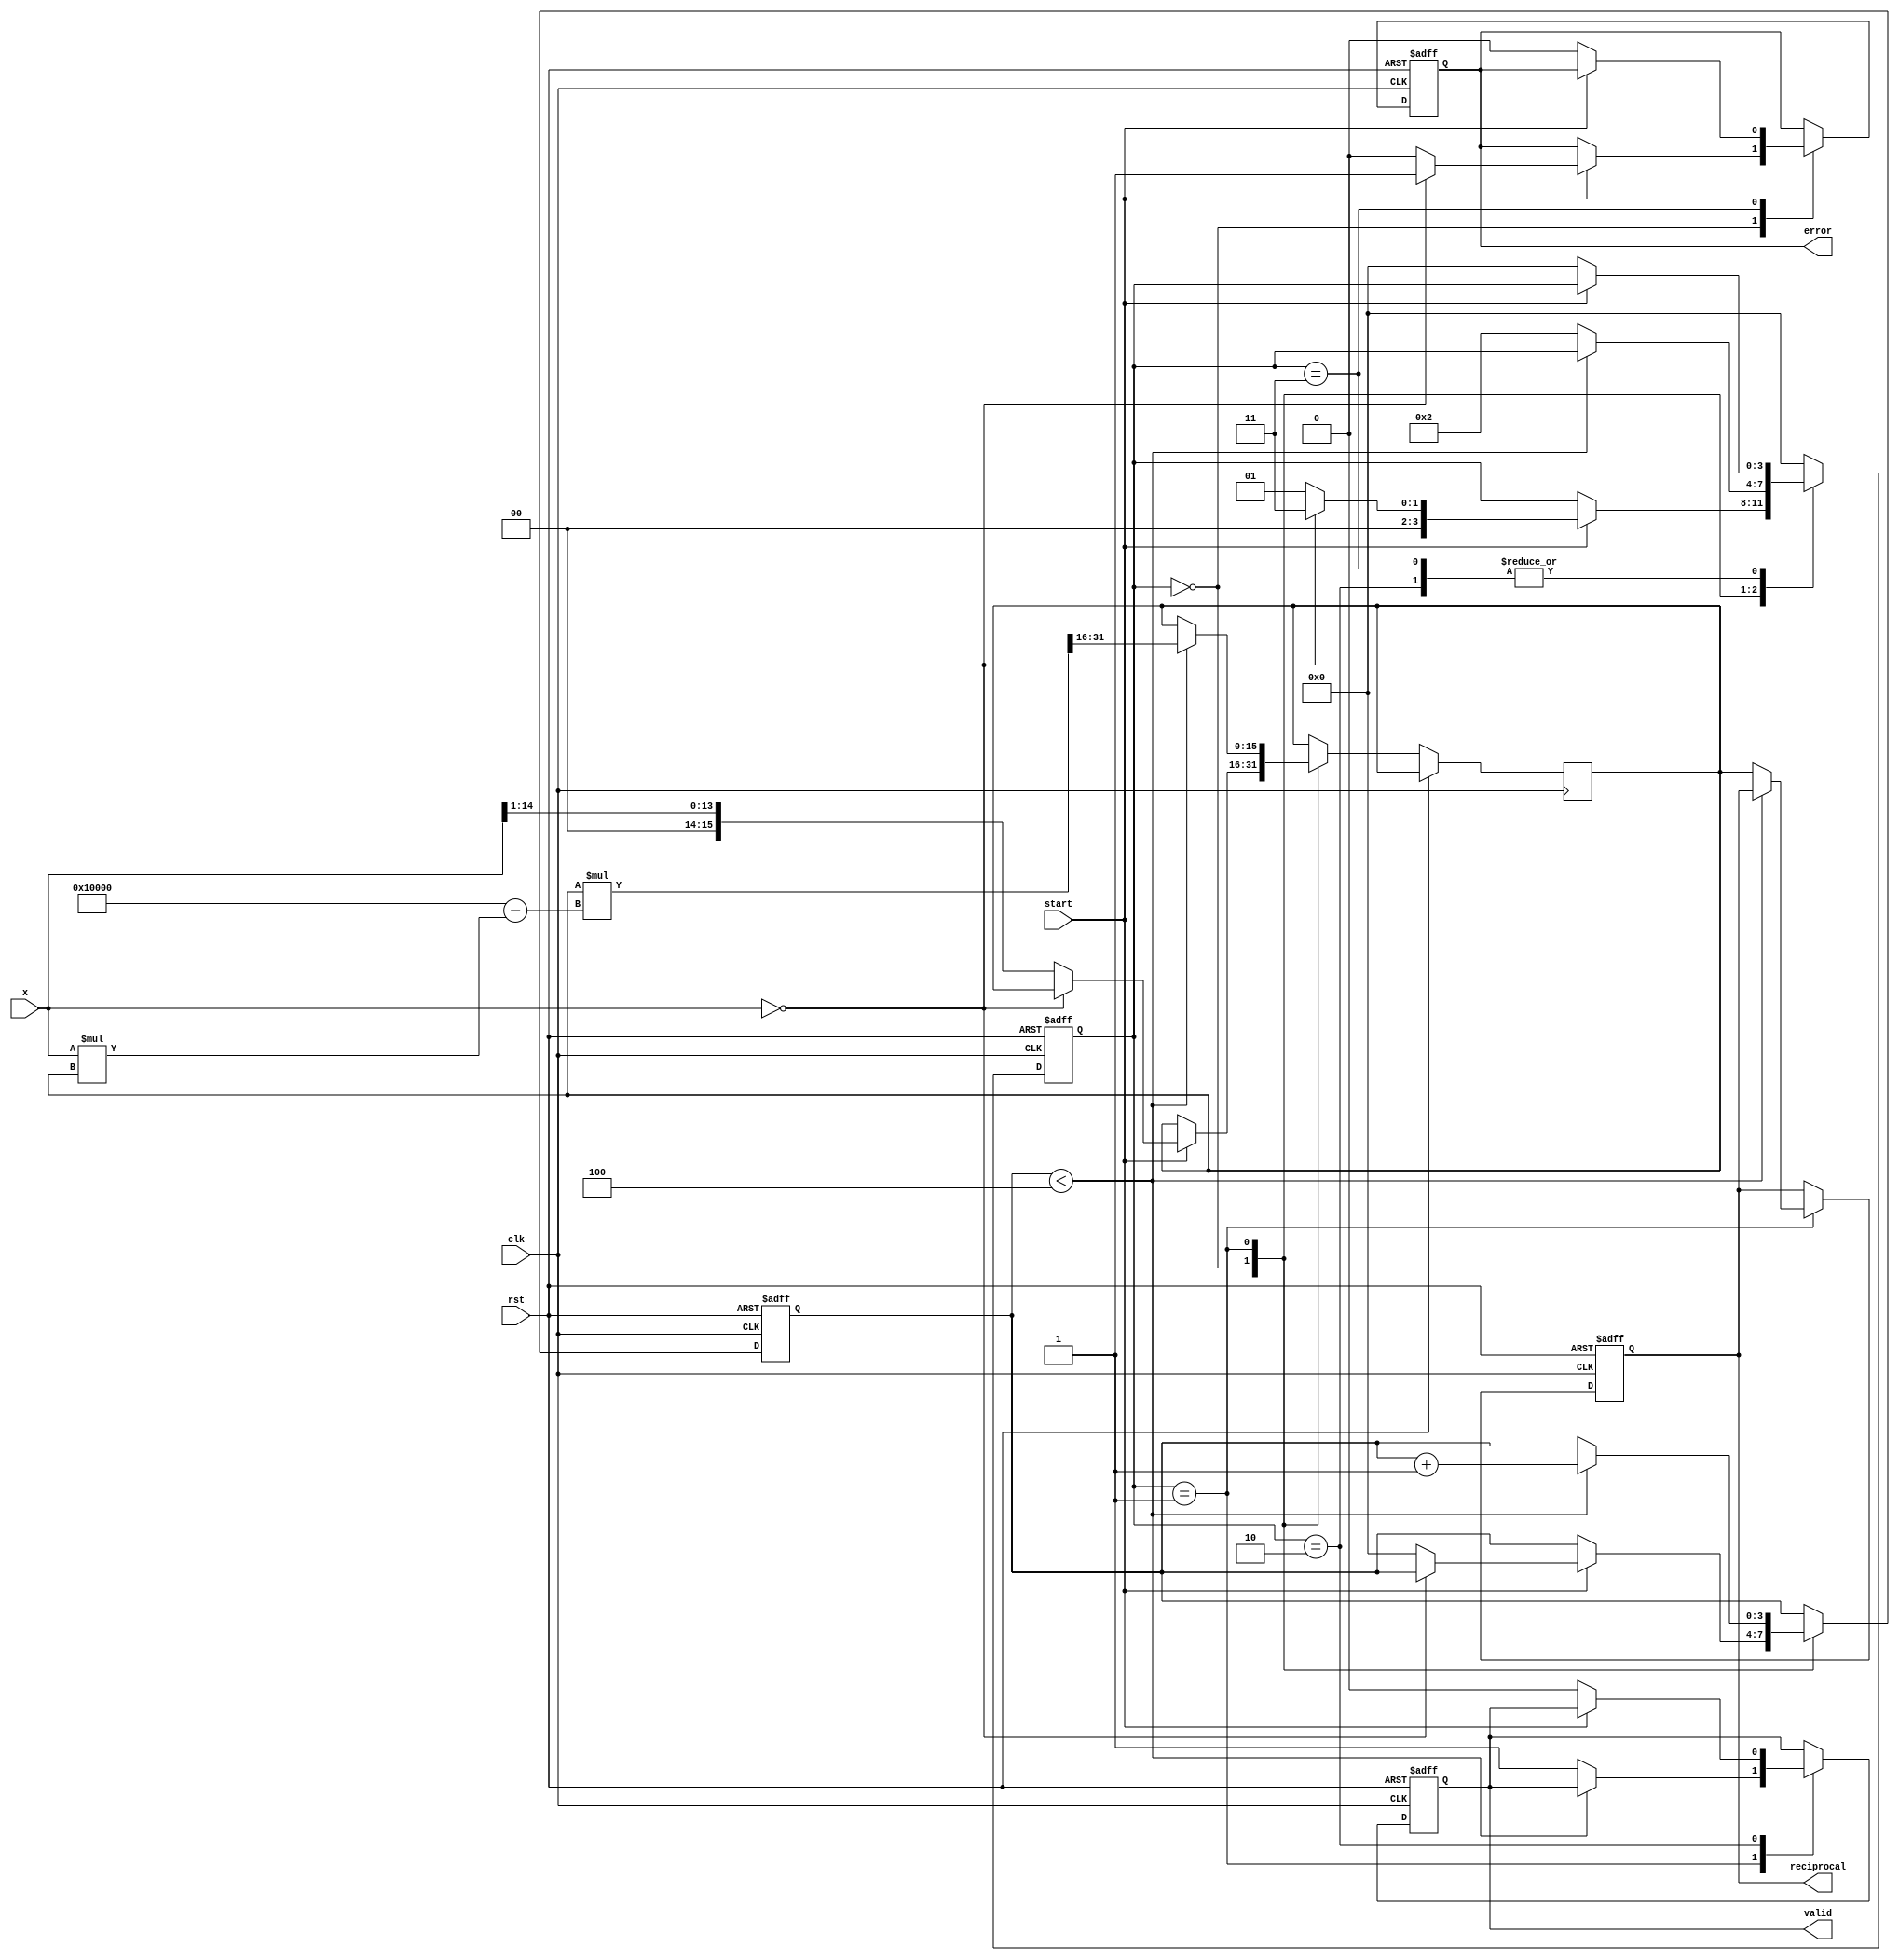
module binary_fractional_reciprocal #(
    parameter N = 16 // Width of input and output
)(
    input wire clk,               // Clock signal
    input wire rst,               // Reset signal
    input wire [N-1:0] x,         // Input binary fractional number
    input wire start,             // Start signal for computation
    output reg [N-1:0] reciprocal, // Output binary fractional reciprocal
    output reg valid,             // Output valid signal
    output reg error              // Error signal for invalid input (x = 0)
);

    reg [N-1:0] approx;          // Current approximation of reciprocal
    reg [3:0] state;             // State machine for control
    reg [3:0] iteration_count;    // Count iterations for convergence

    // State definitions
    localparam IDLE = 0,
               COMPUTE = 1,
               DONE = 2,
               ERROR = 3;

    // Initial state
    initial begin
        state = IDLE;
        valid = 0;
        error = 0;
        reciprocal = 0;
        iteration_count = 0;
    end

    // State machine for reciprocal calculation
    always @(posedge clk or posedge rst) begin
        if (rst) begin
            state <= IDLE;
            valid <= 0;
            error <= 0;
            reciprocal <= 0;
            iteration_count <= 0;
        end else begin
            case (state)
                IDLE: begin
                    if (start) begin
                        if (x == 0) begin
                            error <= 1; // Signal error for zero input
                            state <= ERROR;
                        end else begin
                            error <= 0;
                            approx <= {1'b0, x[N-2:1]}; // Initial approximation (1/x)
                            iteration_count <= 0;
                            state <= COMPUTE;
                        end
                    end
                end

                COMPUTE: begin
                    if (iteration_count < 4) begin // Fixed number of iterations for convergence
                        approx <= approx * (2**N - x * approx) >> N; // Newton-Raphson update
                        iteration_count <= iteration_count + 1;
                    end else begin
                        reciprocal <= approx;
                        valid <= 1;
                        state <= DONE;
                    end
                end

                DONE: begin
                    if (!start) begin
                        state <= IDLE; // Go back to IDLE when computation is done
                        valid <= 0; // Reset valid signal
                    end
                end

                ERROR: begin
                    if (!start) begin
                        state <= IDLE; // Go back to IDLE after error
                        error <= 0; // Reset error signal
                    end
                end

                default: state <= IDLE; // Default case
            endcase
        end
    end

endmodule